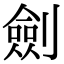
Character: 劍